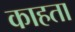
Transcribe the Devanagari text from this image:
काहता